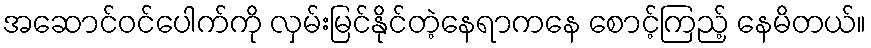
အဆောင်ဝင်ပေါက်ကို လှမ်းမြင်နိုင်တဲ့နေရာကနေ စောင့်ကြည့် နေမိတယ်။